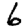
Digit: 6